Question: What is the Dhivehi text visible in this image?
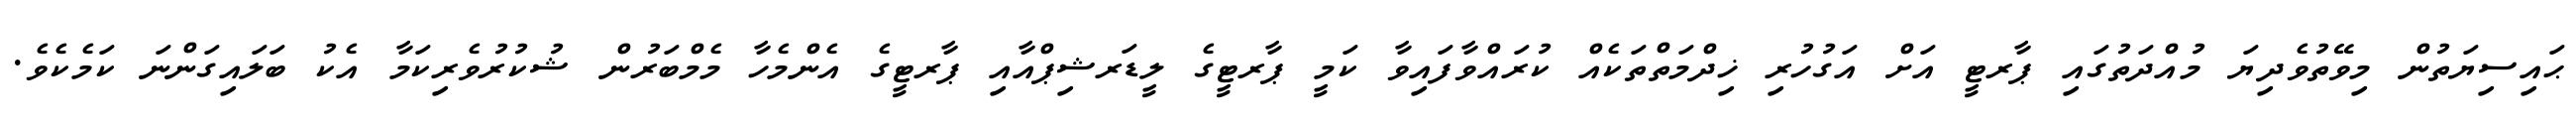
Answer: ޙައިސިޔަތުން މިވޭތުވެދިޔަ މުއްދަތުގައި ޕާރޓީ އަށް އަގުހުރި ޚިދްމަތްތަކެއް ކުރައްވާފައިވާ ކަމީ ޕާރޓީގެ ލީޑަރޝިޕްއާއި ޕާރޓީގެ އެންމެހާ މެމްބަރުން ޝުކުރުވެރިކަމާ އެކު ބަލައިގަންނަ ކަމެކެވެ.